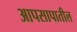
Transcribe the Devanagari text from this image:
आपसापातील